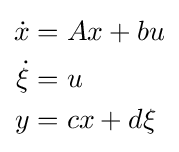
{\begin{aligned}{\dot {x}}&=Ax+bu\\{\dot {\xi }}&=u\\y&=cx+d\xi \end{aligned}}